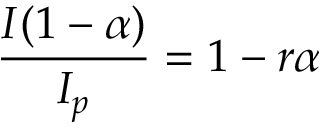
\frac { I ( 1 - \alpha ) } { I _ { p } } = 1 - r \alpha